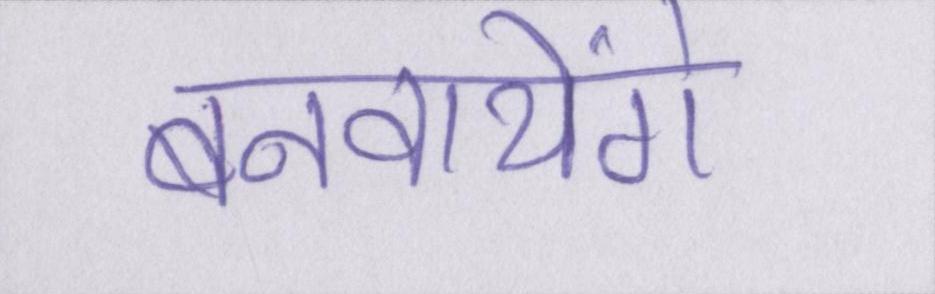
बनवायेंगे